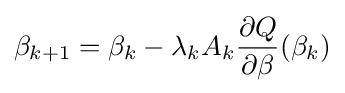
\beta _{k+1}=\beta _{k}-\lambda _{k}A_{k}{\frac {\partial Q}{\partial \beta }}(\beta _{k})